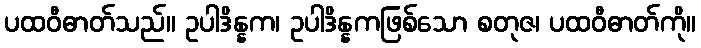
ပထဝီဓာတ်သည်။ ဥပါဒိန္နက၊ ဥပါဒိန္နကဖြစ်သော စတုဇ၊ ပထဝီဓာတ်ကို။